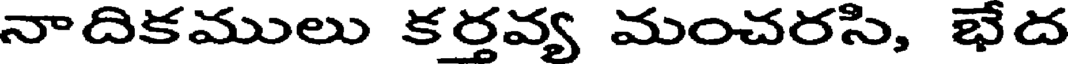
నాదికములు కర్తవ్య మంచరసి, భేద